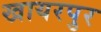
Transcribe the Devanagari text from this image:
खायरपुर